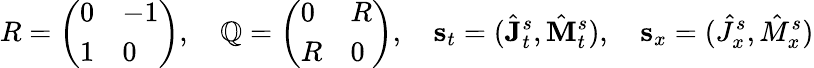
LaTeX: R=\left(\begin{array}{ll}{0}&{-1}\\ {1}&{0}\end{array}\right),\quad\mathbb{Q}=\left(\begin{array}{ll}{0}&{R}\\ {R}&{0}\end{array}\right),\quad\mathbf{{s}}_{t}=(\hat{{\mathbf{{J}}}}_{t}^{s},\hat{{\mathbf{{M}}}}_{t}^{s}),\quad\mathbf{{s}}_{x}=(\hat{{J}}_{x}^{s},\hat{{M}}_{x}^{s})